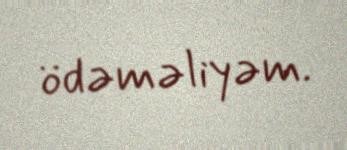
ödəməliyəm.